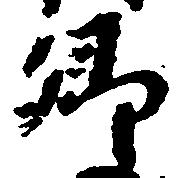
郷